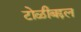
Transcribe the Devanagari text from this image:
टोळीबद्दल